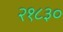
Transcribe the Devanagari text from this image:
२१८३०